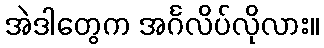
အဲဒါတွေက အင်္ဂလိပ်လိုလား။